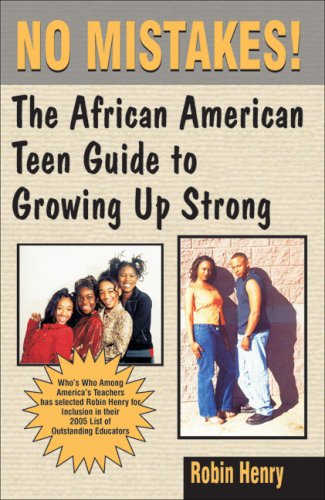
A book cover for No Mistakes! The African American Teen Guide to Growing Up Strong; Robin Henry; Teen & Young Adult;